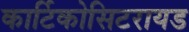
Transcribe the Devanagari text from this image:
कार्टिकोसिटरायड